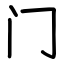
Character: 门